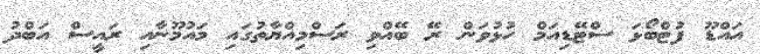
އައްޑޫ ފުޓްބޯޅަ ސްޓޭޑިއަމް ހުޅުވަން ރޭ ބޭއްވި ރަސްމިއްޔާތުގައި މައުމޫނާއި ރައީސް އަބްދު